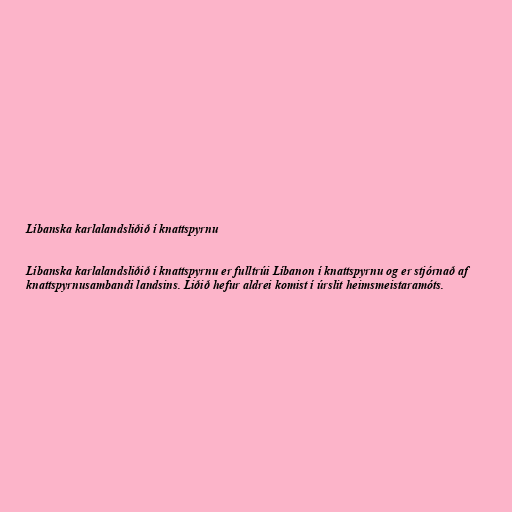
Líbanska karlalandsliðið í knattspyrnu

Líbanska karlalandsliðið í knattspyrnu er fulltrúi Líbanon í knattspyrnu og er stjórnað af
knattspyrnusambandi landsins. Liðið hefur aldrei komist í úrslit heimsmeistaramóts.